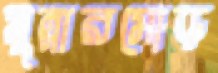
মুন্নারমোড়